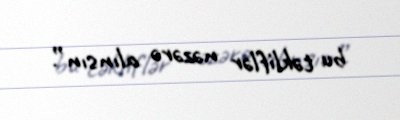
bu təkliflər nəzərə alınsın”.